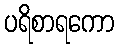
ပရိစာရကော